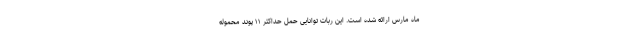
ماه مارس ارائه شده است. این ربات توانایی حمل حداکثر ۱۱ پوند محموله